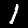
Digit: 1